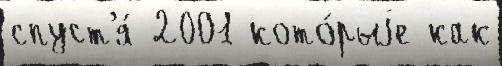
спуст'я́ 2001 кото́рыjе как